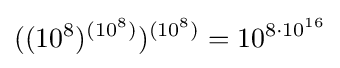
((10^{8})^{(10^{8})})^{(10^{8})}=10^{8\cdot 10^{16}}